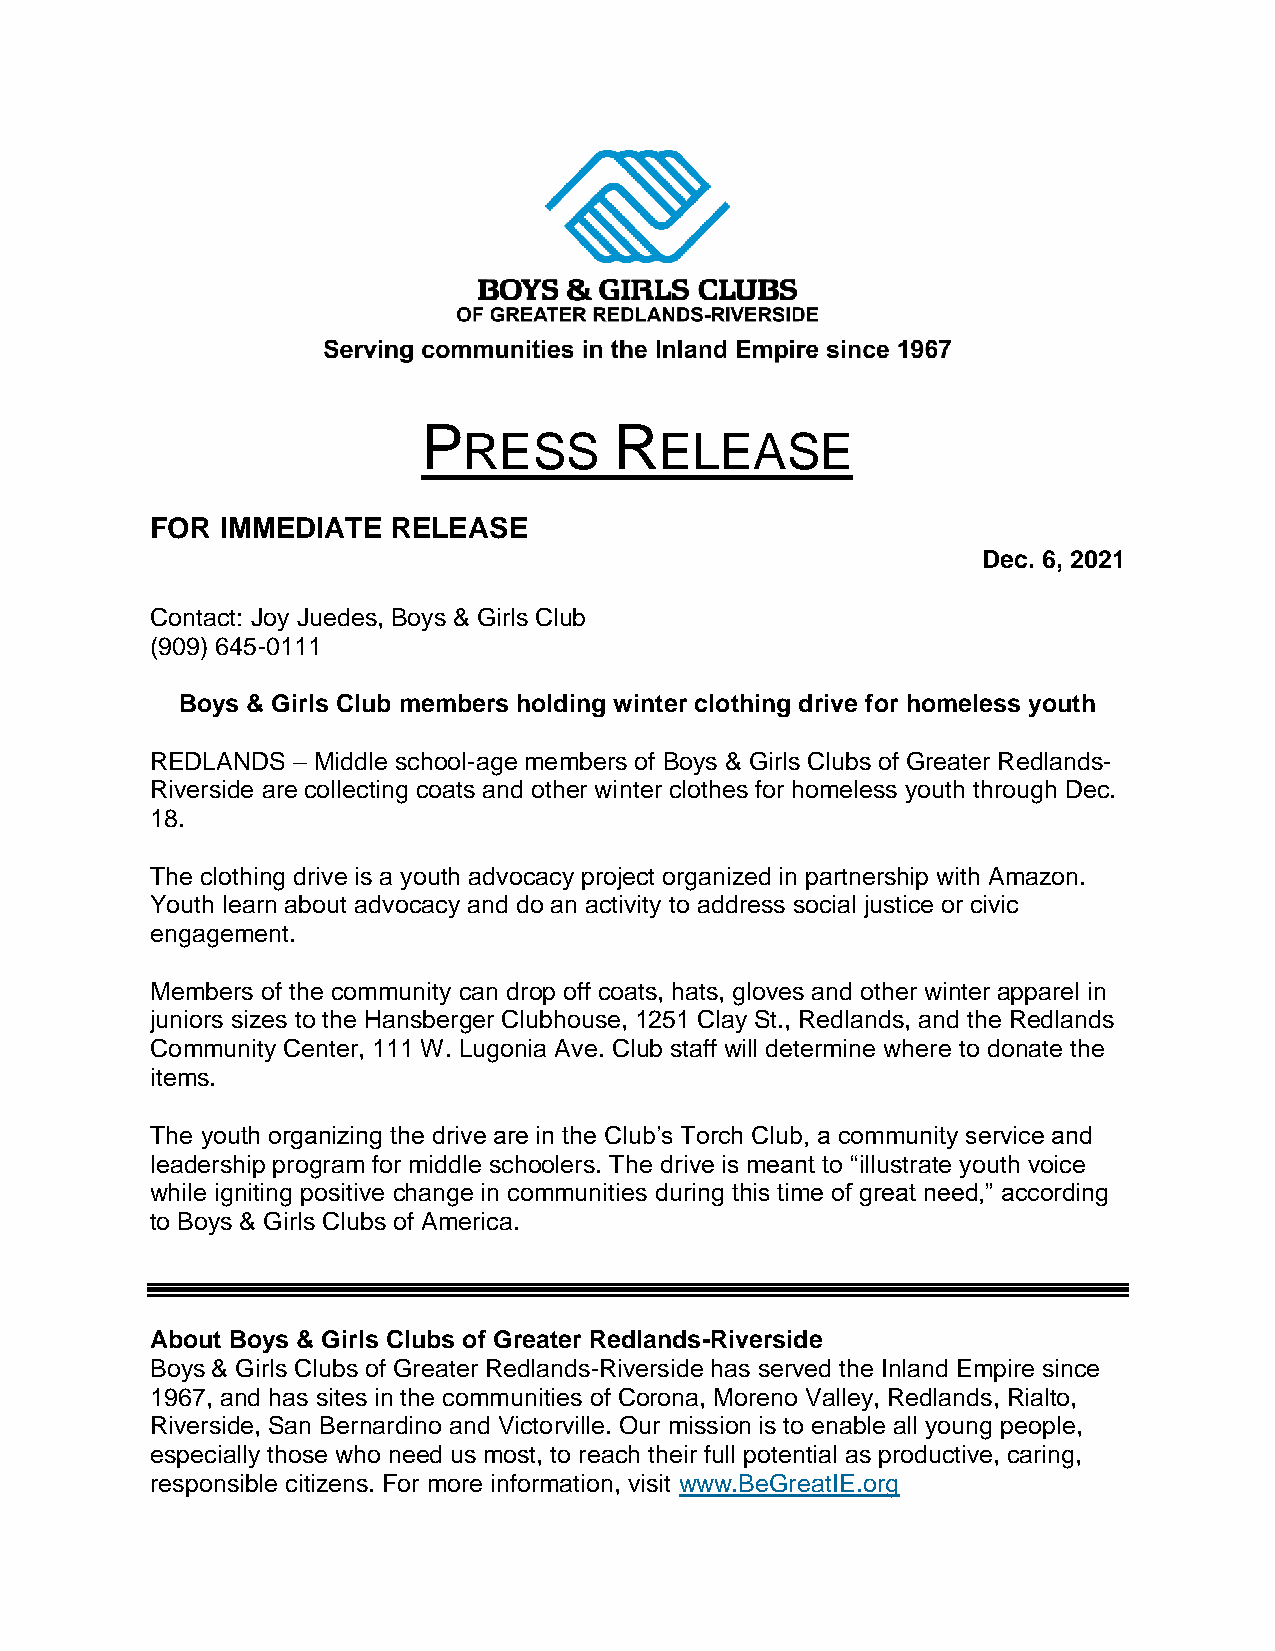
P            R
 RESS         ELEASE
 FOR  IMMEDIATE  RELEASE
 Dec. 6, 2021
 Contact: Joy Juedes, Boys & Girls Club
 (909) 645-0111
 Boys & Girls Club members holding winter clothing drive for homeless youth
 REDLANDS – Middle school-age members of Boys & Girls Clubs of Greater Redlands-
 Riverside are collecting coats and other winter clothes for homeless youth through Dec.
 18.
 The clothing drive is a youth advocacy project organized in partnership with Amazon.
 Youth learn about advocacy and do an activity to address social justice or civic
 engagement.
 Members of the community can drop off coats, hats, gloves and other winter apparel in
 juniors sizes to the Hansberger Clubhouse, 1251 Clay St., Redlands, and the Redlands
 Community Center, 111 W. Lugonia Ave. Club staff will determine where to donate the
 items.
 The youth organizing the drive are in the Club’s Torch Club, a community service and
 leadership program for middle schoolers. The drive is meant to “illustrate youth voice
 while igniting positive change in communities during this time of great need,” according
 to Boys & Girls Clubs of America.
 About Boys & Girls Clubs of Greater Redlands-Riverside
 Boys & Girls Clubs of Greater Redlands-Riverside has served the Inland Empire since
 1967, and has sites in the communities of Corona, Moreno Valley, Redlands, Rialto,
 Riverside, San Bernardino and Victorville. Our mission is to enable all young people,
 especially those who need us most, to reach their full potential as productive, caring,
 responsible citizens. For more information, visit www.BeGreatIE.org